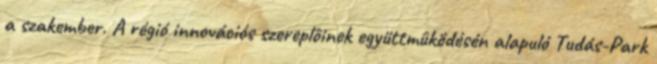
a szakember. A régió innovációs szereplôinek együttmûködésén alapuló Tudás-Park